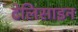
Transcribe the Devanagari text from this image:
टेलिसाइन